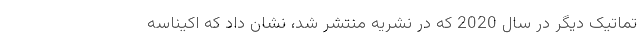
تماتیک دیگر در سال 2020 که در نشریه منتشر شد، نشان داد که اکیناسه